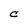
Character: C